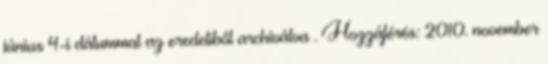
június 4-i dátummal az eredetiből archiválva . Hozzáférés: 2010. november